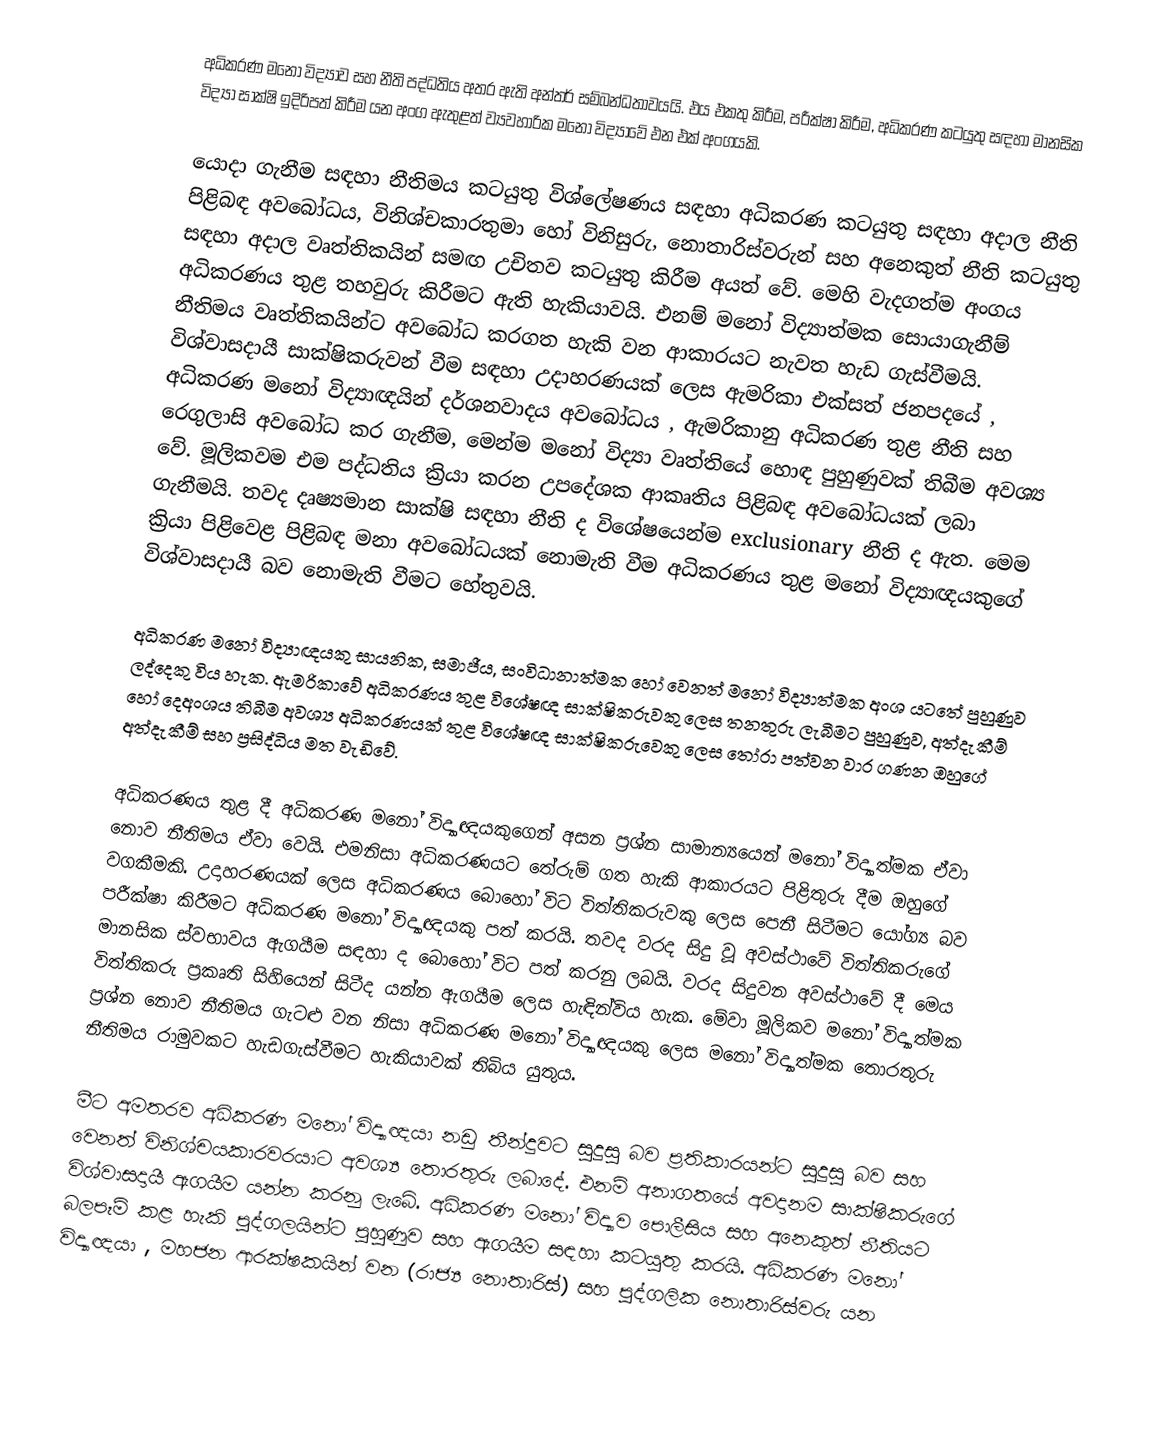
අධිකරණ මනෝ විද්‍යාව සහ නීති පද්ධතිය අතර ඇති අන්තර් සම්බන්ධතාවයයි. එය එකතු කිරීම, පරීක්ෂා කිරීම, අධිකරණ කටයුතු සඳහා මානසික විද්‍යා සාක්ෂි ඉදිරිපත් කිරීම යන අංග ඇතුළත් ව්‍යවහාරික මනෝ විද්‍යාවේ එන එක් අංගයකි.

යොදා ගැනීම සඳහා නීතිමය කටයුතු විශ්ලේෂණය සඳහා අධිකරණ කටයුතු සඳහා අදාල නීති පිළිබඳ අවබෝධය, විනිශ්චකාරතුමා හෝ විනිසුරු, නොතාරිස්වරුන්  සහ අනෙකුත් නීති කටයුතු සඳහා අදාල වෘත්තිකයින් සමඟ උචිතව කටයුතු කිරීම අයත් වේ. මෙහි වැදගත්ම අංගය අධිකරණය තුළ තහවුරු කිරීමට ඇති හැකියාවයි. එනම් මනෝ විද්‍යාත්මක සොයාගැනීම් නීතිමය වෘත්තිකයින්ට අවබෝධ කරගත හැකි වන ආකාරයට නැවත හැඩ ගැස්වීමයි. විශ්වාසදායී සාක්ෂිකරුවන් වීම සඳහා උදාහරණයක් ලෙස ඇමරිකා එක්සත් ජනපදයේ , අධිකරණ මනෝ විද්‍යාඥයින් දර්ශනවාදය අවබෝධය , ඇමරිකානු අධිකරණ තුළ නීති සහ රෙගුලාසි අවබෝධ කර ගැනීම, මෙන්ම මනෝ විද්‍යා වෘත්තියේ හොඳ පුහුණුවක් තිබීම අවශ‍්‍ය වේ. මූලිකවම එම පද්ධතිය ක්‍රියා කරන උපදේශක ආකෘතිය පිළිබඳ අව‍බෝධයක් ලබා ගැනීමයි. තවද දෘෂ්‍යමාන සාක්ෂි සඳහා නීති ද විශේෂයෙන්ම exclusionary නීති ද ඇත. මෙම ක්‍රියා පිළිවෙළ පිළිබඳ මනා අවබෝධයක් නොමැති වීම අධිකරණය තුළ මනෝ විද්‍යාඥයකුගේ විශ්වාසදායී බව නොමැති වීමට හේතුවයි.

අධිකරණ මනෝ විද්‍යාඥයකු සායනික, සමාජීය, සංවිධානාත්මක හෝ වෙනත් මනෝ විද්‍යාත්මක  අංශ යටතේ පුහුණුව ලද්දෙකු විය හැක. ඇමරිකාවේ අධිකරණය තුළ විශේෂඥ සාක්ෂිකරුවකු ලෙස තනතුරු ලැබී‍මට පුහුණුව, අත්දැකීම් හෝ දෙඅංශය තිබීම අවශ්‍ය අධිකරණයක් තුළ විශේෂඥ සාක්ෂිකරුවෙකු ලෙස‍ තෝරා පත්වන වාර ගණන ඔහුගේ අත්දැකීම් සහ ප්‍රසිද්ධිය මත වැඩිවේ.

අධිකරණය තුළ දී අධිකරණ මනෝ විද්‍යාඥයකුගෙන් අසන ප්‍රශ්න සාමාන්‍යයෙන් මනෝ විද්‍යාත්මක ඒවා නොව නීතිමය ඒවා වෙයි. එමනිසා අධිකරණයට තේරුම් ගත හැකි ආකාරයට පිළිතුරු දීම ඔහුගේ වගකීමකි. උදාහරණයක් ලෙස අධිකරණය බොහෝ විට විත්තිකරුවකු ලෙස පෙනී සිටීමට යෝග්‍ය බව පරීක්ෂා කිරීමට අධිකරණ මනෝ විද්‍යාඥයකු පත් කරයි. තවද වරද සිදු වූ අවස්ථාවේ විත්තිකරුගේ මානසික ස්වභාවය ඇගයීම සඳහා ද බොහෝ විට පත් කරනු ලබයි. වරද සිදුවන අවස්ථාවේ දී මෙය විත්තිකරු ප්‍රකෘති සිහියෙන් සිටීද යන්න ඇගයීම ලෙස හැඳින්විය හැක. මේවා මූලිකව මනෝ විද්‍යාත්මක ප්‍රශ්න නොව නීතිමය ගැටළු වන නිසා අධිකරණ මනෝ විද්‍යාඥයකු ලෙස මනෝ විද්‍යාත්මක තොරතුරු නීතිමය ‍රාමුවකට හැඩගැස්වීමට හැකියාවක් තිබිය යුතුය.

මීට අමතරව අධිකරණ මනෝ විද්‍යාඥයා නඩු තීන්දුවට සුදුසු බව ප්‍රතිකාරයන්ට සුදුසු බව සහ වෙනත් විනිශ්චයකාරවරයාට අවශ්‍ය තොරතුරු ලබාදේ. එනම් අනාගතයේ අවදානම සාක්ෂිකරුගේ විශ්වාසදායී ඇගයීම යන්න කරනු ලැබේ. අධිකරණ මනෝ විද්‍යාව පොලීසිය සහ අනෙකුත් නීතියට බලපෑම් කළ හැකි පුද්ගලයින්ට පුහුණුව සහ ඇගයීම සඳහා කටයුතු කරයි. අධිකරණ මනෝ විද්‍යාඥයා , මහජන ආරක්ෂකයින් වන (රාජ්‍ය නොතාරිස්) සහ පුද්ගලික නොතාරිස්වරු යන